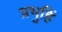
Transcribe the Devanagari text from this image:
प्रभुहिं